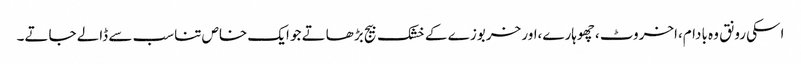
اسکی رونق وہ بادام،اخروٹ ،چھوہارے،اور خربوزے کے خشک بیج بڑھاتے جو ایک خاص تناسب سے ڈالے جاتے۔